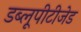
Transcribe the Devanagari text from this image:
डब्लूपीटीजेड